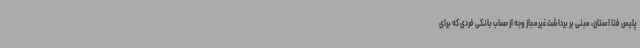
پلیس فتا استان، مبنی بر برداشت غیرمجاز وجه از حساب بانکی فردی که برای